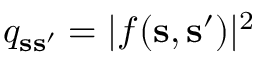
q _ { { \bf s } { \bf s } ^ { \prime } } = | f ( { \bf s } , { \bf s } ^ { \prime } ) | ^ { 2 }